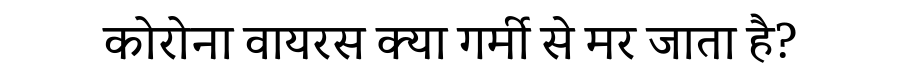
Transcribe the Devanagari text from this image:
कोरोना वायरस क्या गर्मी से मर जाता है?